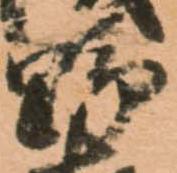
野